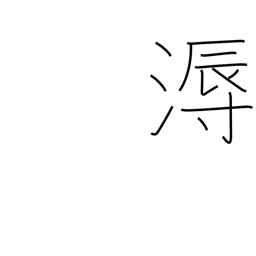
Meaning: humid